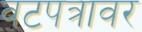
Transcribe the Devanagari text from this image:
वटपत्रावर